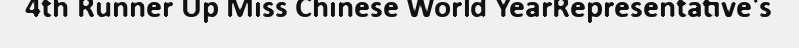
4th Runner Up Miss Chinese World YearRepresentative's